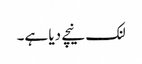
لنک نیچے دیا ہے۔